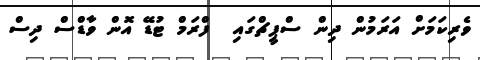
ވެރިކަމަށް އަރަމުން ދިން ސްޕީޗްގައި  ފްރަމް ޓުޑޭ އޮން ވާޑްސް ދިސް